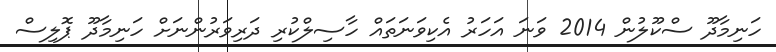
ހަނިމާދޫ ސްކޫލުން 2014 ވަނަ އަހަރު އެކިވަނަތައް ހާސިލްކުރި ދަރިވަރުންނަށް ހަނިމާދޫ ޕޮލިސް